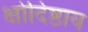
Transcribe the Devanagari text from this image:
क्षोदिष्ठाय